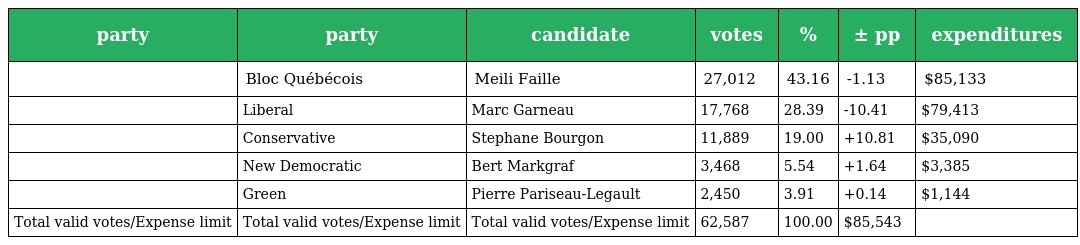
| party | party | candidate | votes | % | ± pp | expenditures |
 | --- | --- | --- | --- | --- | --- | --- |
 |  | Bloc Québécois | Meili Faille | 27,012 | 43.16 | -1.13 | $85,133 |
 |  | Liberal | Marc Garneau | 17,768 | 28.39 | -10.41 | $79,413 |
 |  | Conservative | Stephane Bourgon | 11,889 | 19.00 | +10.81 | $35,090 |
 |  | New Democratic | Bert Markgraf | 3,468 | 5.54 | +1.64 | $3,385 |
 |  | Green | Pierre Pariseau-Legault | 2,450 | 3.91 | +0.14 | $1,144 |
 | Total valid votes/Expense limit | Total valid votes/Expense limit | Total valid votes/Expense limit | 62,587 | 100.00 | $85,543 |  |